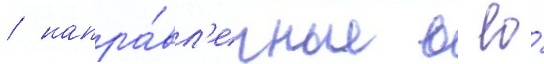
/ напра́вл'енные в ео́